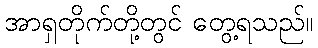
အာရှတိုက်တို့တွင် တွေ့ရသည်။